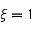
\xi = 1